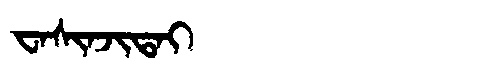
Manchu: ᠸᠠᠰᡳᠨᠵᡳᡨᠠᡳ
Romanization: WASINJITAI